Annual report on the working of the lock hospitals in the Central Provinces
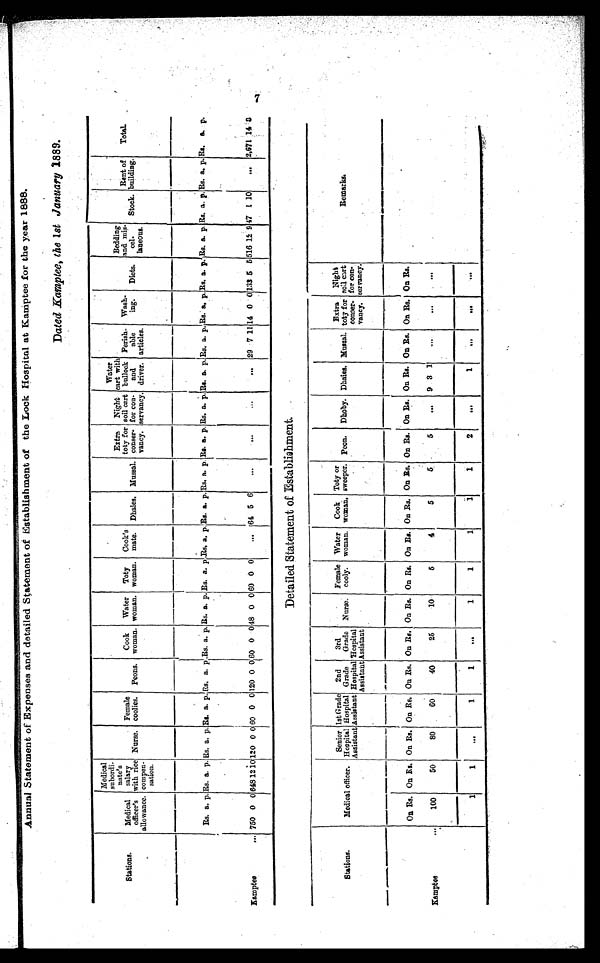
Annual Statement of Expenses and detailed Statement of Establishment of the Look Hospital at Kaniptee for the year 1888.
Dated Kamptee, the 1st January 1889.
Stations.
Medical
officer's
allowance.
Medical
subordi-
nate's
salary
with rice
compen-
sation.
Nurse.
Female
coolies. Peons.
Cook
woman.
Water
woman.
Toty
woman.
Cook's
mate. Dhaies. Mussal.
Extra
toty for
conser-
vancy.
Night
soil cart
for con-
servancy.
Water
cart with
bullock
and
driver.
Perish-
able
articles.
Wash-
ing.
Diets.
Bedding
and mis-
cal.
laneous.
Stock.
Rent of building.
Total.
Rs. a. p. Rs. a. p. Rs. a. p. Rs. a. p. Rs. a. p .Rs. a. p. Rs. a. p. Rs. a. p .Rs. a. p. Rs. a. p. Rs. a. p. Rs. a. p. Rs. a. p. Rs. a. p. Rs. a. p. Rs. a. p. Rs. a. p. Rs. a. p. Rs. a. p. Rs. a. p. Rs. a. p.
Eamples
... 750 0 0 648 12
10
120 0
0
60 0 0 120 0 0 60 0 0 48 0 0 60 0 0
64 5 6
29 7 11 14 0 0 133 5 5 516 12 9 47 1 10
2,671 14 0
Detailed Statement of Establishment.
Stations.
Medical officer.
Senior
Hospital
Assistant
Ist Grade
Hospital
Assistant
2nd
Grade
Hospital
3rd
Grade
Hospital
Assistant
Nurse.
Female
cooly.
Water
woman.
Cook
woman.
Toty or
sweeper. Peon. Dhoby. Dhaies. Mussal.
Extra
toty for
conser-
vancy.
Night
not a end
servancy.
R e m a r k
On Rs. On Rs. On Rs. On Rs. On Rs. On Rs. On Rs. On Rs. On Rs. On Rs. On Rs. On Rs. On Rs. On Rs. On Rs. On Rs. On Rs.
Kamptee
...
100
50
80
60
40
25
10
6
4
5
5
5
9 3 1
1
1
1
1
1
1
1
1
1
2
...
1